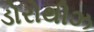
ડોરોથીઝ